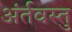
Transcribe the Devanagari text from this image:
अंर्तवस्तु